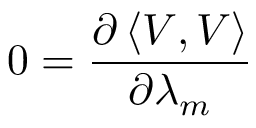
0 = \frac { \partial \left\langle V , V \right\rangle } { \partial \lambda _ { m } }